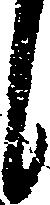
し